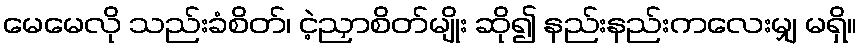
မေမေလို သည်းခံစိတ်၊ ငဲ့ညှာစိတ်မျိုး ဆို၍ နည်းနည်းကလေးမျှ မရှိ။